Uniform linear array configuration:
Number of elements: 24
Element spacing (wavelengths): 0.25
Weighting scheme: uniform
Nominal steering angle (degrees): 15
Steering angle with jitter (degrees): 13.206
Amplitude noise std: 0.05
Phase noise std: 0.05

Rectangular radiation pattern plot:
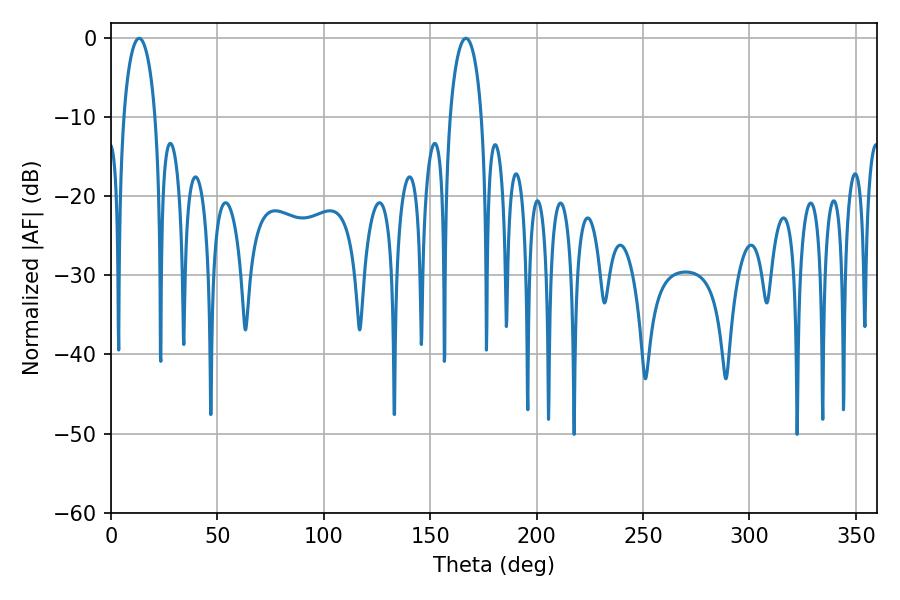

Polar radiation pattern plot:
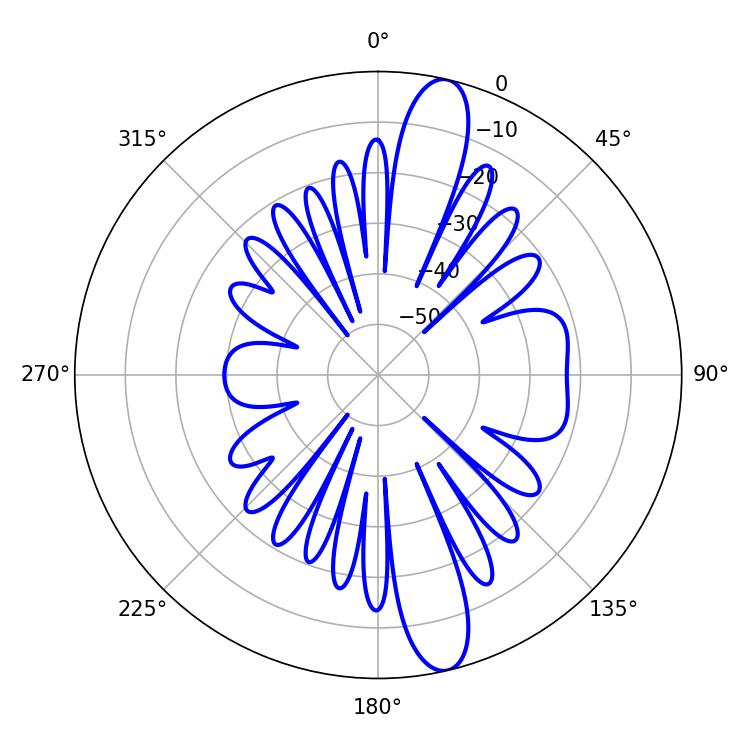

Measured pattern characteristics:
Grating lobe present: FALSE
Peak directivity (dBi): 13.981
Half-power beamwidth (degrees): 8.46
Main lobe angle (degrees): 13.14